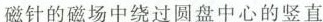
磁针的磁场中绕过圆盘中心的竖直